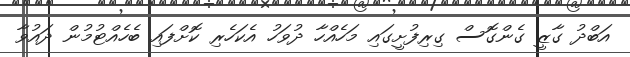
އަބްދު ގާޒީ ގެންގޮސް ގިރިފުށީގައި މަހެއްހާ ދުވަހު އެކަހެރި ކޮށްފައި ބެހެއްޓުމުން ދައުވާ